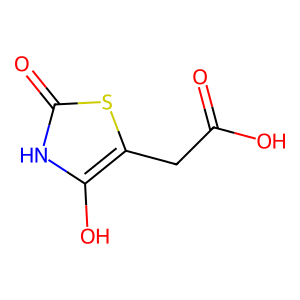
SMILES: O=C(O)Cc1sc(=O)[nH]c1O
Inhibits HIV replication: No